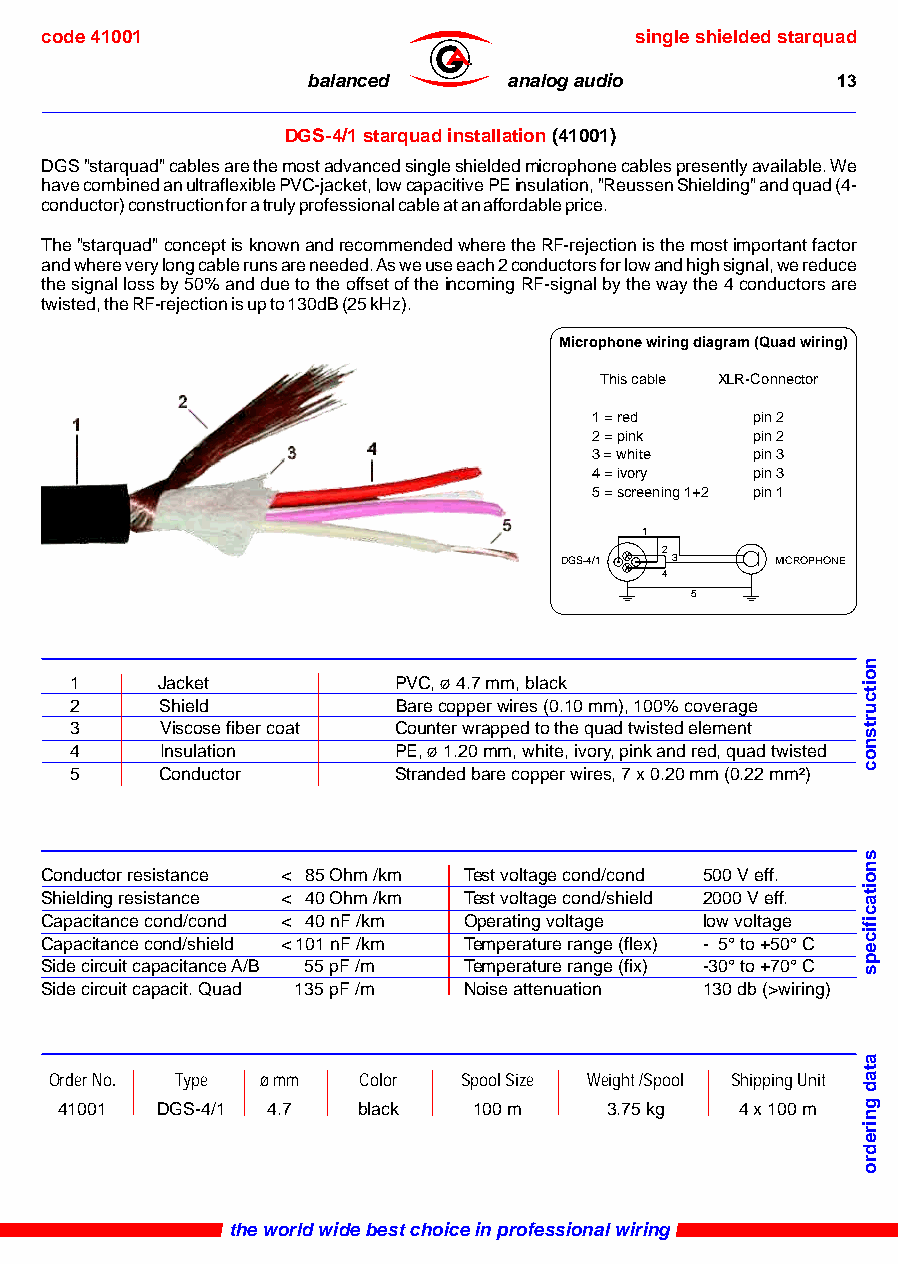
code 41001                             single shielded starquad
 ®
 balanced      analog audio         13
 DGS-4/1 starquad installation (41001)
 DGS "starquad" cables are the most advanced single shielded microphone cables presently available. We
 have combined an ultraflexible PVC-jacket, low capacitive PE insulation, "Reussen Shielding" and quad (4-
 conductor) construction for a truly professional cable at an affordable price.
 The "starquad" concept is known and recommended where the RF-rejection is the most important factor
 and where very long cable runs are needed. As we use each 2 conductors for low and high signal, we reduce
 the signal loss by 50% and due to the offset of the incoming RF-signal by the way the 4 conductors are
 twisted, the RF-rejection is up to 130dB (25 kHz).
 Microphone wiring diagram (Quad wiring)
 This cable XLR-Connector
 1 = red    pin 2
 2 = pink   pin 2
 3 = white  pin 3
 4 = ivory  pin 3
 5 = screening 1+2 pin 1
 1
 2
 DGS-4/1 3     MICROPHONE
 4
 5
 1    Jacket          PVC, ø 4.7 mm, black
 2     Shield         Bare copper wires (0.10 mm), 100% coverage
 3     Viscose fiber coat Counter wrapped to the quad twisted element
 4     Insulation     PE, ø 1.20 mm, white, ivory, pink and red, quad twisted
 5     Conductor      Stranded bare copper wires, 7 x 0.20 mm (0.22 mm²)
 Conductor resistance < 85 Ohm /km Test voltage cond/cond 500 V eff.
 Shielding resistance < 40 Ohm /km Test voltage cond/shield 2000 V eff.
 Capacitance cond/cond < 40 nF /km Operating voltage low voltage
 Capacitance cond/shield < 101 nF /km Temperature range (flex) - 5° to +50° C
 Side circuit capacitance A/B 55 pF /m Temperature range (fix) -30° to +70° C
 Side circuit capacit. Quad 135 pF /m Noise attenuation 130 db (>wiring)
 Order No. Type ø mm  Color Spool Size Weight /Spool Shipping Unit
 41001 DGS-4/1 4.7   black  100 m    3.75 kg  4 x 100 m
 the world wide best choice in professional wiring
 noitcurtsnoc
 snoitacificeps
 atad
 gniredro